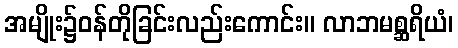
အမျိုး၌ဝန်တိုခြင်းလည်းကောင်း။ လာဘမစ္ဆရိယံ၊